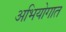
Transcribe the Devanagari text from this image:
अभियोगात